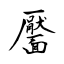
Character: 靨